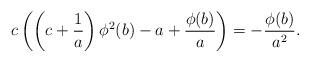
LaTeX: \begin{gather*}c\left(\left(c+\frac{1}{a}\right)\phi^{2}(b)-a+\frac{\phi(b)}{a} \right)=-\frac{\phi(b)}{a^{2}}.\end{gather*}